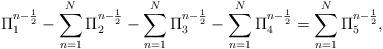
LaTeX: \begin{align*} \Pi_1^{n-\frac{1}{2}}-\sum\limits_{n=1}^{N}\Pi_2^{n-\frac{1}{2}}-\sum\limits_{n=1}^{N}\Pi_3^{n-\frac{1}{2}}-\sum\limits_{n=1}^{N}\Pi_4^{n-\frac{1}{2}}=\sum\limits_{n=1}^{N}\Pi_5^{n-\frac{1}{2}}, \end{align*}